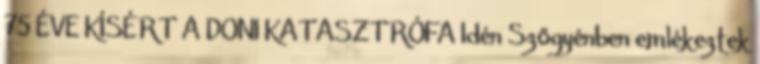
75 ÉVE KÍSÉRT A DONI KATASZTRÓFA Idén Szőgyénben emlékeztek